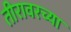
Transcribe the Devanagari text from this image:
तीरावरच्या